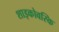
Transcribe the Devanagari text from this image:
शाइकोवस्कि